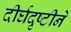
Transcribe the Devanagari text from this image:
दीर्घदृष्टीने